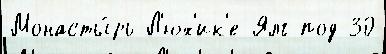
Монасты́рь Л'юх'ик'е-Ялг под 30